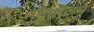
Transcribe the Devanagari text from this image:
मुद्रामंजूष